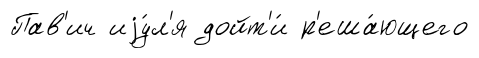
Пав'ич иjу́л'я дойт'и́ р'еша́ющего